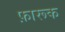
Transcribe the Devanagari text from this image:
फ़ारूक